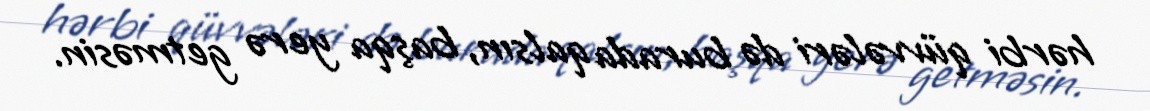
hərbi qüvvələri də burada qalsın, başqa yerə getməsin.